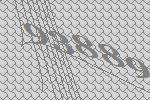
93889